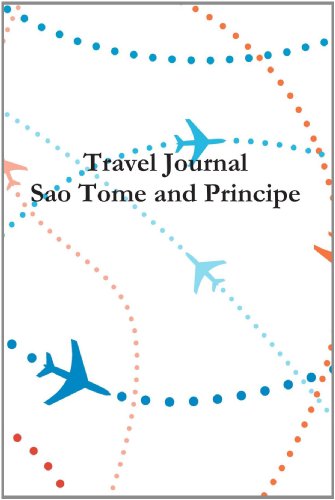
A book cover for Travel Journal Sao Tome And Principe; E Locken; Travel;